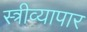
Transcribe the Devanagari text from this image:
स्त्रीव्यापार